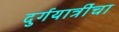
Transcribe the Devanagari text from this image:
दुर्गयात्रींचा